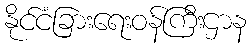
နိုင်ငံခြားရေးဝန်ကြီးဌာန